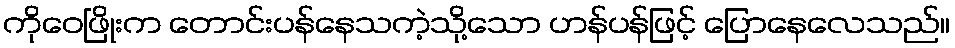
ကိုဝေဖြိုးက တောင်းပန်နေသကဲ့သို့သော ဟန်ပန်ဖြင့် ပြောနေလေသည်။